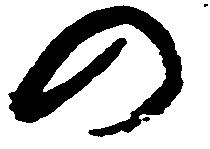
の